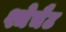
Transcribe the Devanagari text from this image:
श्चेचैट